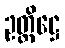
ဥတ္တိဋ္ဌေ